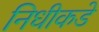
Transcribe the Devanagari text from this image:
निधीकडे